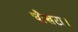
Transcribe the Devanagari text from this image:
चौखटा।